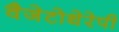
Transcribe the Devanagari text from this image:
वैजेटोथेरेपी